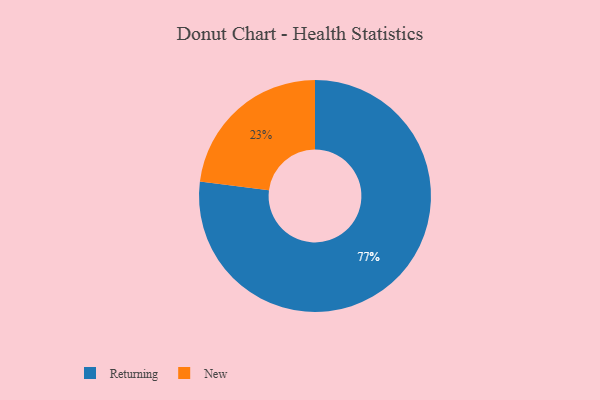
{"axis": {"x": "Category", "y": "Percentage"}, "legend": ["New", "Returning"], "data": [{"x": "New", "y": 23, "type": "New"}, {"x": "Returning", "y": 77, "type": "Returning"}]}